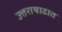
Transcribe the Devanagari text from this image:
उत्तराषाढात